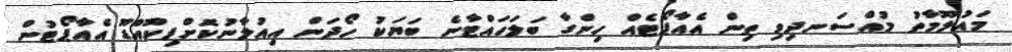
މައުލޫމާތު މުއްސަނދިވި ތިން އެއާޕޯޓެއް ހިންގާ ބަލަހައްޓާނެ ބަޔަކު ހޯދަން އިއުލާނުކޮށްފިކޫއްޑޫ އެއާޕޯޓުން